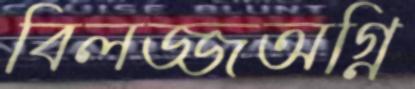
বিলজ্জঅগ্নি